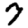
Digit: 7